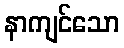
နာကျင်သော